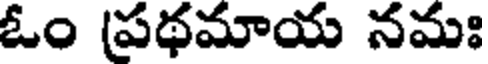
ఓం (ప్రథమాయ నమః